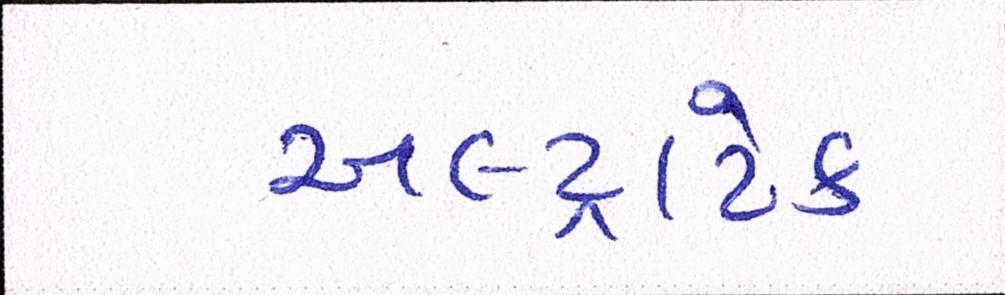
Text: અલ્ટ્રાટેક